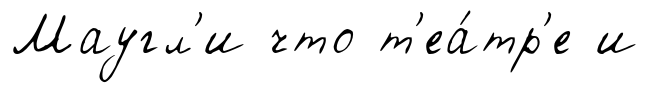
Маугл'и что т'еа́тр'е и